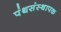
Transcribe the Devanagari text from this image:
पंथसंस्थापक